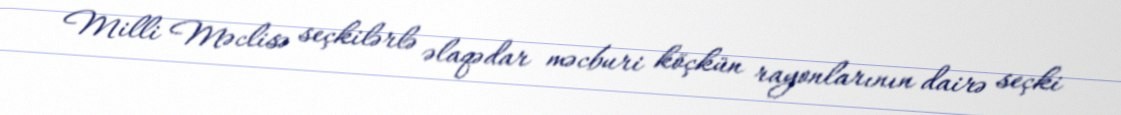
Milli Məclisə seçkilərlə əlaqədar məcburi köçkün rayonlarının dairə seçki